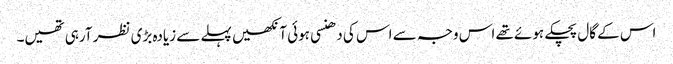
اس کے گال پچکے ہوئے تھے اس وجہ سے اس کی دھنسی ہوئی آنکھیں پہلے سے زیادہ بڑی نظر آرہی تھیں۔